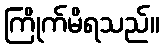
ကြိုက်မိရသည်။